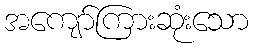
အကျော်ကြားဆုံးသော